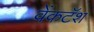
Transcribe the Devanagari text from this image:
वेंकटॅश